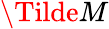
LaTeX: \mathbf\Tilde{M}